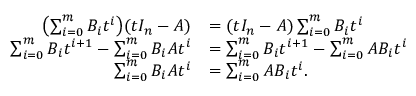
{ \begin{array} { r l } { \left( \sum _ { i = 0 } ^ { m } B _ { i } t ^ { i } \right) \! ( t I _ { n } - A ) } & { = ( t I _ { n } - A ) \sum _ { i = 0 } ^ { m } B _ { i } t ^ { i } } \\ { \sum _ { i = 0 } ^ { m } B _ { i } t ^ { i + 1 } - \sum _ { i = 0 } ^ { m } B _ { i } A t ^ { i } } & { = \sum _ { i = 0 } ^ { m } B _ { i } t ^ { i + 1 } - \sum _ { i = 0 } ^ { m } A B _ { i } t ^ { i } } \\ { \sum _ { i = 0 } ^ { m } B _ { i } A t ^ { i } } & { = \sum _ { i = 0 } ^ { m } A B _ { i } t ^ { i } . } \end{array} }